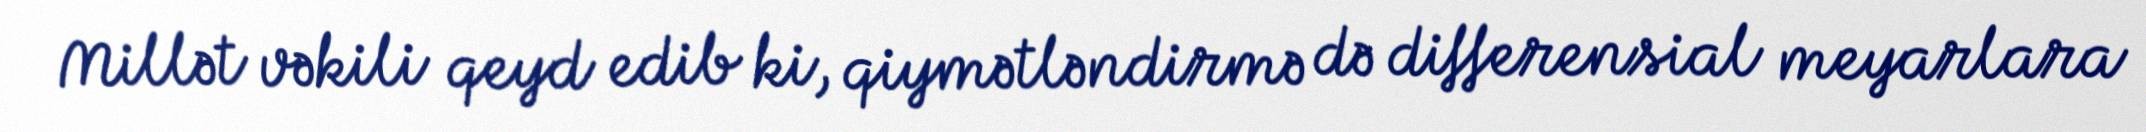
Millət vəkili qeyd edib ki, qiymətləndirmə də differensial meyarlara